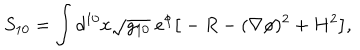
LaTeX: S _ { 1 0 } = \int d ^ { 1 0 } x \sqrt { g _ { 1 0 } } ~ e ^ { \phi } \big [ - R - ( \nabla \phi ) ^ { 2 } + H ^ { 2 } \big ] ,